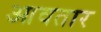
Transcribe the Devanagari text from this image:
आवतार